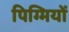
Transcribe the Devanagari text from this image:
पिग्मियों